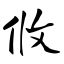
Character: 攸